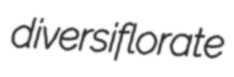
diversiflorate